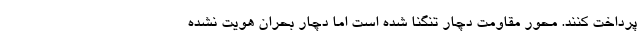
پرداخت کنند. محور مقاومت دچار تنگنا شده است اما دچار بحران هویت نشده